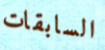
السابقات